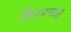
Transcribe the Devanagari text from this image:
लिटरच्या